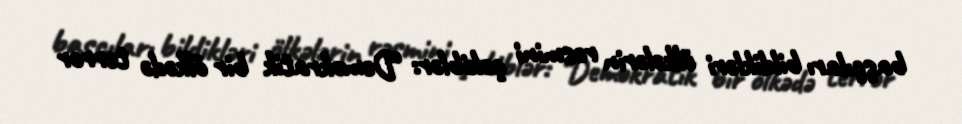
başçıları bildikləri ölkələrin rəsmini çəkiblər: “Demokratik bir ölkədə terror